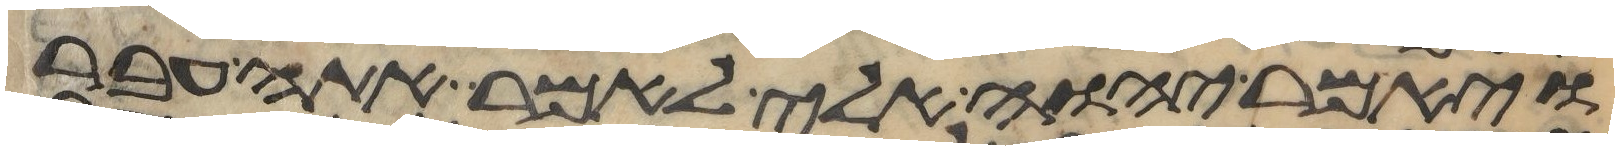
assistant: ויאמר יהוה אלי לאמר אתה עבר